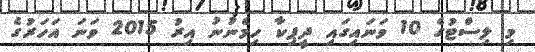
މި ލިސްޓުގެ 10 ވަނައިގައި ދީޕިކާ ހިމެނުނު އިރު 2015 ވަނަ އަހަރުގެ